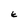
Character: E